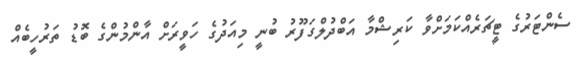
ސެންޓަރުގެ ޓީޗަރެއްކަމަށްވާ ކަރިޝްމާ އަބްދުލްގަފޫރު ބުނީ މިއަދުގެ ހަވީރަށް އާންމުންގެ ބޮޑު ތަރުހީބެއް